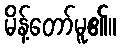
မိန့်တော်မူ၏။